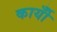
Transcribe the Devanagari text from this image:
कार्योँ